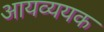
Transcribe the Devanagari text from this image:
आयव्ययक